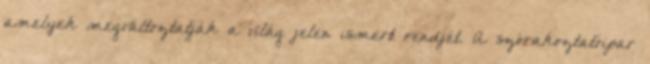
amelyek megváltoztatják a világ jelen ismert rendjét. A szórakoztatóipar